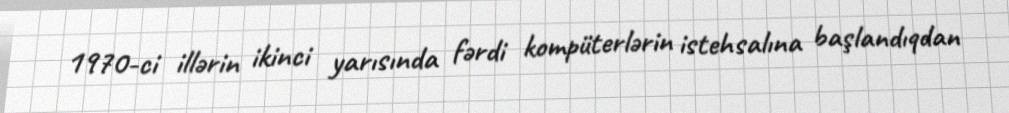
1970-ci illərin ikinci yarısında fərdi kompüterlərin istehsalına başlandıqdan